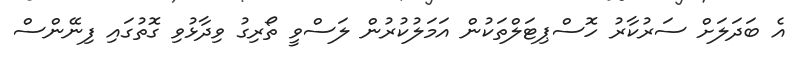
އެ ބަދަލަށް ސަރުކާރު ހޮސްޕިޓަލްތަކުން އަމަލުކުރުން ލަސްވީ ތޯރިގު ވިދާޅުވި ގޮތުގައި ފިނޭންސް